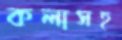
কলাসহ